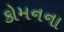
કોમનના